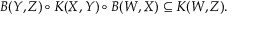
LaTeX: B ( Y , Z ) \circ K ( X , Y ) \circ B ( W , X ) \subseteq K ( W , Z ) .